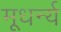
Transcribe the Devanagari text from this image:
मूधर्न्य